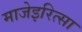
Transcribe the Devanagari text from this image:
माजेइरित्सा